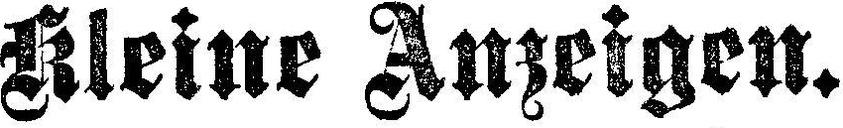
Kleine Anzeigen.